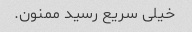
خیلی سریع رسید ممنون.